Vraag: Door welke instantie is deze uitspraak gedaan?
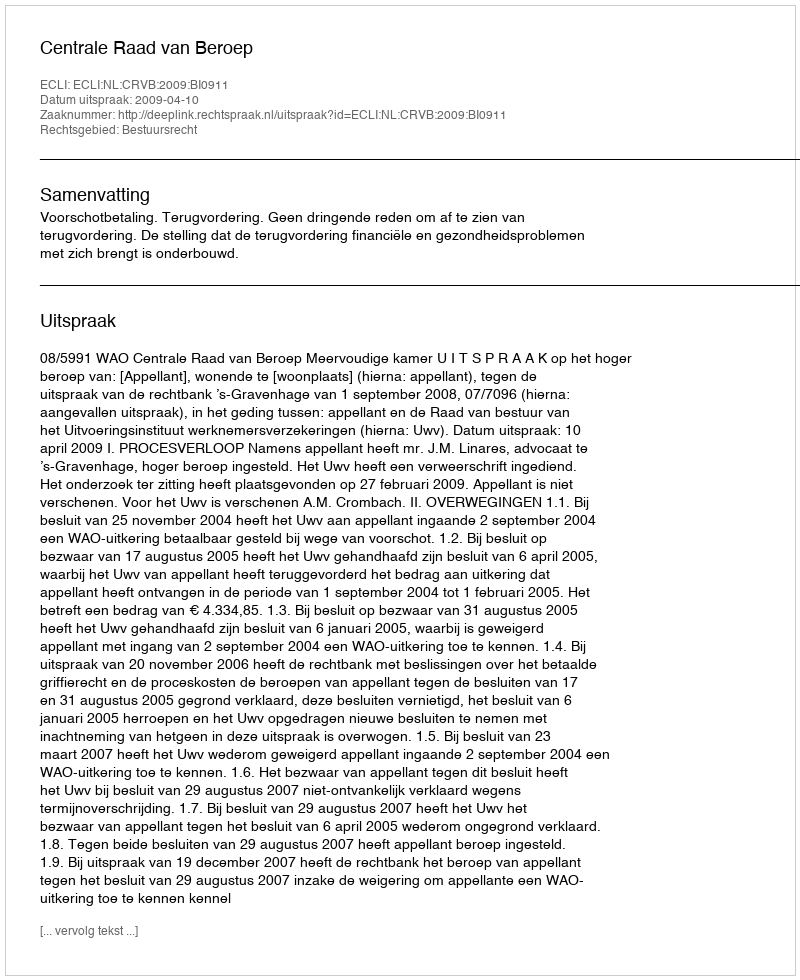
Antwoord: Centrale Raad van Beroep